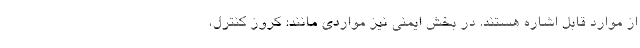
از موارد قابل اشاره هستند. در بخش ایمنی نیز مواردی مانند: کروز کنترل،